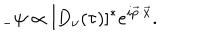
LaTeX: { } _ { - } \psi \propto [ D _ { \nu } ( \tau ) ] ^ { * } e ^ { i \vec { p } \cdot \vec { x } } .